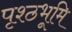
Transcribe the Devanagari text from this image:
पृश्ठभूमि